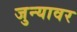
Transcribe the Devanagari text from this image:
जुन्यावर